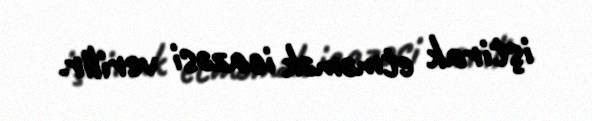
iştirak etməmək icazəsi verilir.